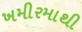
ખમીરમાથી